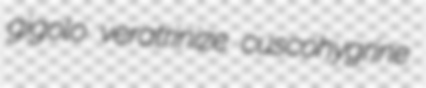
gigolo veratrinize cuscohygrine